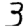
Digit: 3